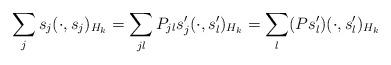
LaTeX: \begin{align*}\sum_j s_j(\cdot,s_j)_{H_k} = \sum_{jl} P_{jl}s'_j(\cdot,s'_l)_{H_k} = \sum_{l} (Ps'_l)(\cdot,s'_l)_{H_k}\end{align*}